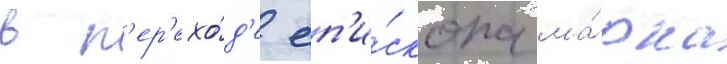
в п'ер'ехо́д'е еп'и́скопа ма́рка